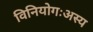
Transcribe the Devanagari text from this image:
विनियोगःअस्य